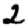
Digit: 2